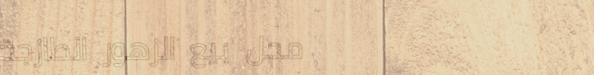
محل بيع الزهور الطازجة